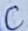
Text: C